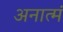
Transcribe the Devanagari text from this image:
अनात्मं